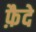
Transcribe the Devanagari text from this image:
फ़ैदे